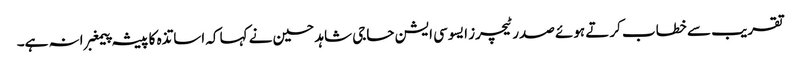
تقریب سے خطاب کرتے ہوئے صدر ٹیچرز ایسوسی ایشن حاجی شاہد حسین نے کہا کہ اساتذہ کا پیشہ پیمغبرانہ ہے۔